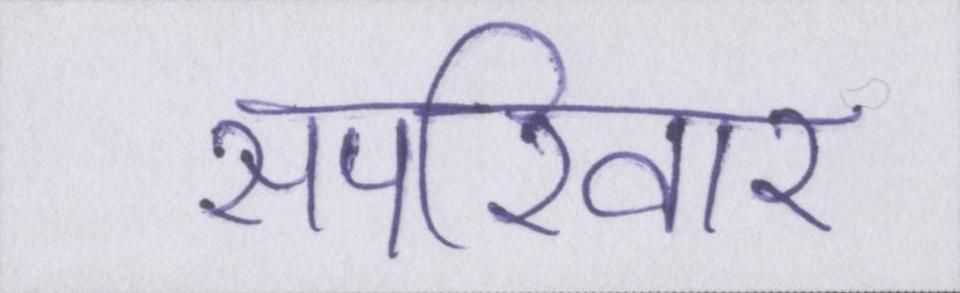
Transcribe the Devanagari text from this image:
सपरिवार